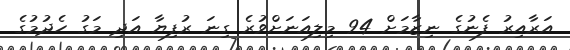
އަރާއިރު ފެނުގެ ނިޒާމަށް 94 މިލިއަނަށްވުރެ ގިނަ ރުފިޔާ އަދި މަގު ހެދުމުގެ